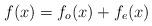
LaTeX: \begin{align*} f(x)=f_o(x)+f_e(x) \end{align*}